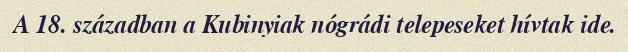
A 18. században a Kubinyiak nógrádi telepeseket hívtak ide.